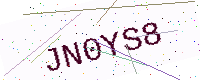
Text: JN0YS8